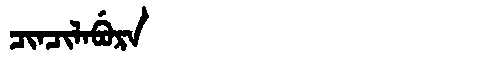
Manchu: ᠴᡳᠨᠴᡳᠯᠠᠪᡠᡵᠠ
Romanization: CINCILABURA